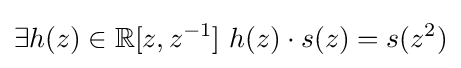
\exists h(z)\in \mathbb {R} [z,z^{-1}]\ h(z)\cdot s(z)=s(z^{2})